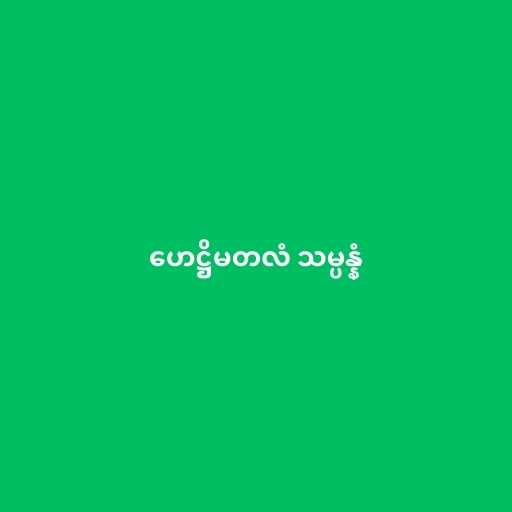
ဟေဋ္ဌိမတလံ သမ္ပန္နံ